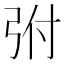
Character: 弣